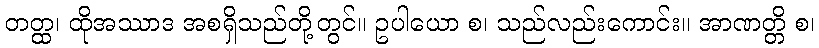
တတ္ထ၊ ထိုအဿာဒ အစရှိသည်တို့တွင်။ ဥပါယော စ၊ သည်လည်းကောင်း။ အာဏတ္တိ စ၊